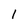
Character: 1